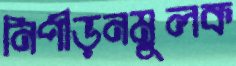
নিপীড়নমূলক